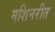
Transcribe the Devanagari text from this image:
मशिनरीत